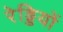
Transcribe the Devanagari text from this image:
रेड्डियों